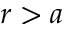
r > a